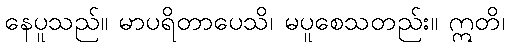
နေပူသည်။ မာပရိတာပေသိ၊ မပူစေသတည်း။ ဣတိ၊